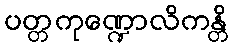
ပတ္တကုဏ္ဍောလိကန္တိ